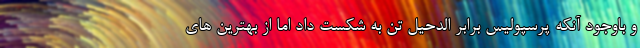
و باوجود آنکه پرسپولیس برابر الدحیل تن به شکست داد اما از بهترین های